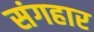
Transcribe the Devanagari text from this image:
संगहार